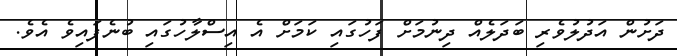
ދަށުން އަދުލުވެރި ބަދަލެއް ދިނުމަށް ފަހުގައި ކަމަށް އެ އިސްލާހުގައި ބުނެފައިވެ އެވެ.